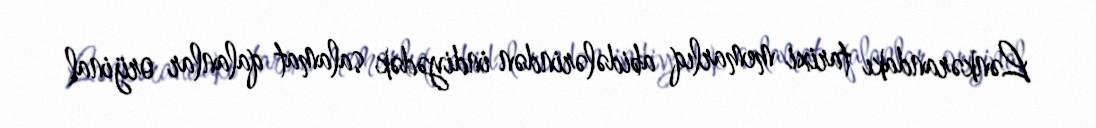
Lənkərandakı tarixi memarlıq abidələrindən indiyədək salamat qalanlar orijinal